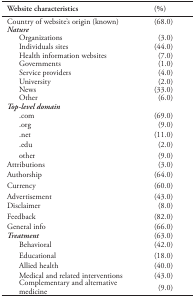
<table><thead><tr><td><b>Website characteristics</b></td><td><b>(%)</b></td></tr></thead><tbody><tr><td>Country of website’s origin (known)</td><td>(68.0)</td></tr><tr><td><i>Nature</i></td><td></td></tr><tr><td> Organizations</td><td>(3.0)</td></tr><tr><td> Individuals sites</td><td>(44.0)</td></tr><tr><td> Health information websites</td><td>(7.0)</td></tr><tr><td> Governments</td><td>(1.0)</td></tr><tr><td> Service providers</td><td>(4.0)</td></tr><tr><td> University</td><td>(2.0)</td></tr><tr><td> News</td><td>(33.0)</td></tr><tr><td> Other</td><td>(6.0)</td></tr><tr><td><i>Top-level domain</i></td><td></td></tr><tr><td> .com</td><td>(69.0)</td></tr><tr><td> .org</td><td>(9.0)</td></tr><tr><td> .net</td><td>(11.0)</td></tr><tr><td> .edu</td><td>(2.0)</td></tr><tr><td>other</td><td>(9.0)</td></tr><tr><td>Attributions</td><td>(3.0)</td></tr><tr><td>Authorship</td><td>(64.0)</td></tr><tr><td>Currency</td><td>(60.0)</td></tr><tr><td>Advertisement</td><td>(43.0)</td></tr><tr><td>Disclaimer</td><td>(8.0)</td></tr><tr><td>Feedback</td><td>(82.0)</td></tr><tr><td>General info</td><td>(66.0)</td></tr><tr><td><i>Treatment</i></td><td>(63.0)</td></tr><tr><td> Behavioral</td><td>(42.0)</td></tr><tr><td> Educational</td><td>(18.0)</td></tr><tr><td> Allied health</td><td>(40.0)</td></tr><tr><td> Medical and related interventions</td><td>(43.0)</td></tr><tr><td> Complementary and alternative medicine</td><td>(9.0)</td></tr></tbody></table>